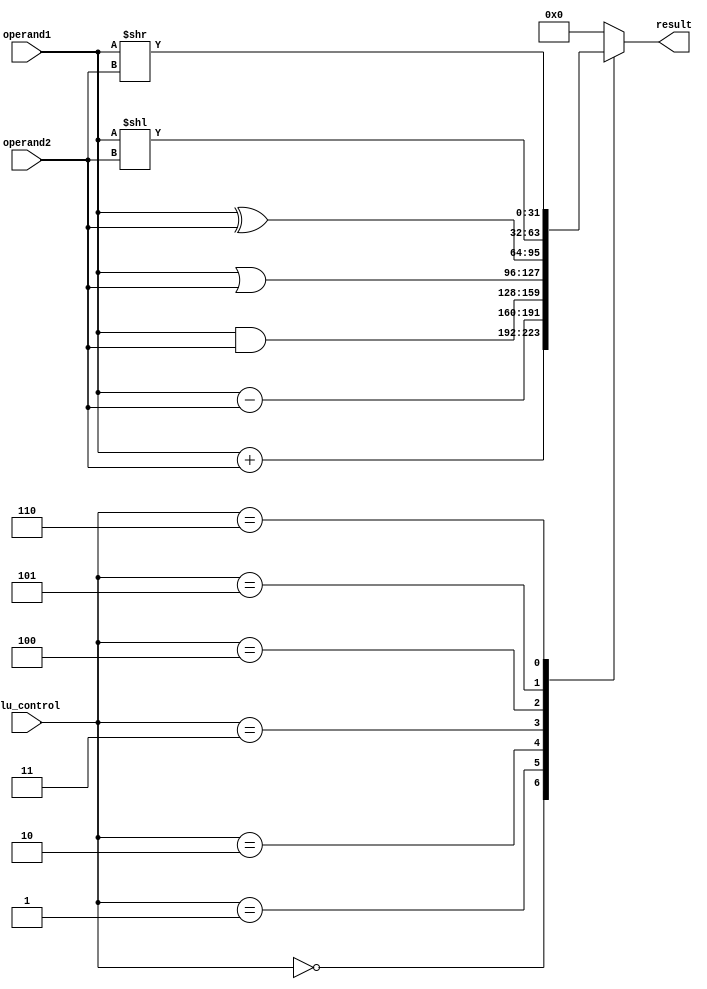
module ALU (
    input [31:0] operand1,
    input [31:0] operand2,
    input [2:0] alu_control,
    output reg [31:0] result
);

always @ (*)
begin
    case (alu_control)
        3'b000: result = operand1 + operand2; // Addition
        3'b001: result = operand1 - operand2; // Subtraction
        3'b010: result = operand1 & operand2; // Bitwise AND
        3'b011: result = operand1 | operand2; // Bitwise OR
        3'b100: result = operand1 ^ operand2; // Bitwise XOR
        3'b101: result = operand1 << operand2; // Shift left
        3'b110: result = operand1 >> operand2; // Shift right
        default: result = 0; // Default case
    endcase
end

endmodule